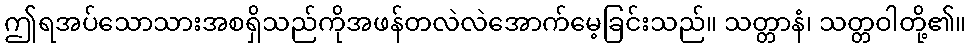
ဤရအပ်သောသားအစရှိသည်ကိုအဖန်တလဲလဲအောက်မေ့ခြင်းသည်။ သတ္တာနံ၊ သတ္တဝါတို့၏။